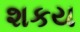
શકય